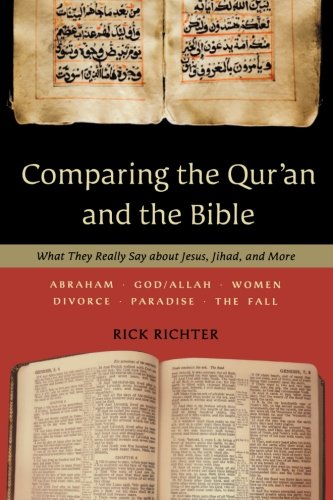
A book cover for Comparing the Qur'an and the Bible: What They Really Say about Jesus, Jihad, and More; Rick Richter; Religion & Spirituality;